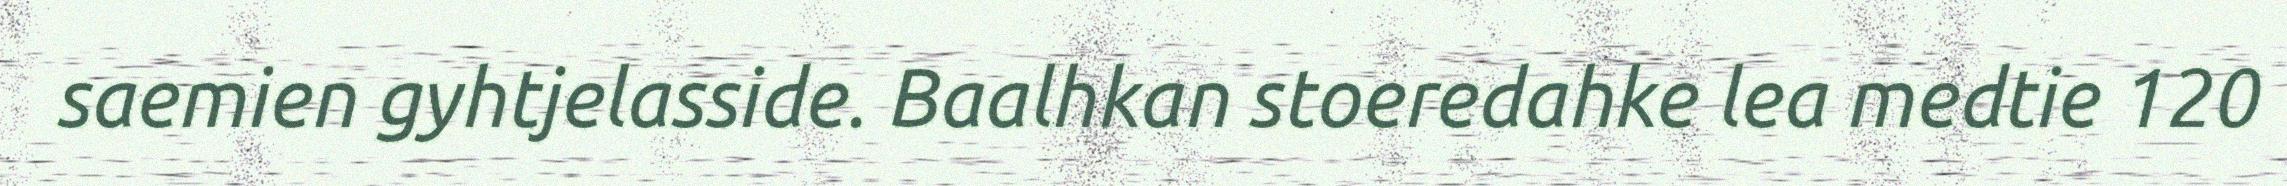
saemien gyhtjelasside. Baalhkan stoeredahke lea medtie 120